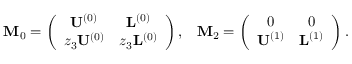
\begin{array} { r l r } & { \mathbf { M } _ { 0 } = \left( \begin{array} { c c } { \mathbf { U } ^ { ( 0 ) } } & { \mathbf { L } ^ { ( 0 ) } } \\ { z _ { 3 } \mathbf { U } ^ { ( 0 ) } } & { z _ { 3 } \mathbf { L } ^ { ( 0 ) } } \end{array} \right) , } & { \mathbf { M } _ { 2 } = \left( \begin{array} { c c } { 0 } & { 0 } \\ { \mathbf { U } ^ { ( 1 ) } } & { \mathbf { L } ^ { ( 1 ) } } \end{array} \right) . } \end{array}